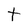
Character: t